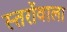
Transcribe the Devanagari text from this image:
स्तरोंवाला